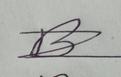
Signature authenticity: forged